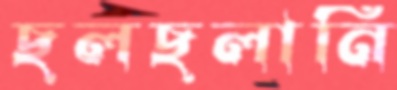
ছলছলানি